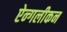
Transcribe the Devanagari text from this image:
ऐन्गलीकन